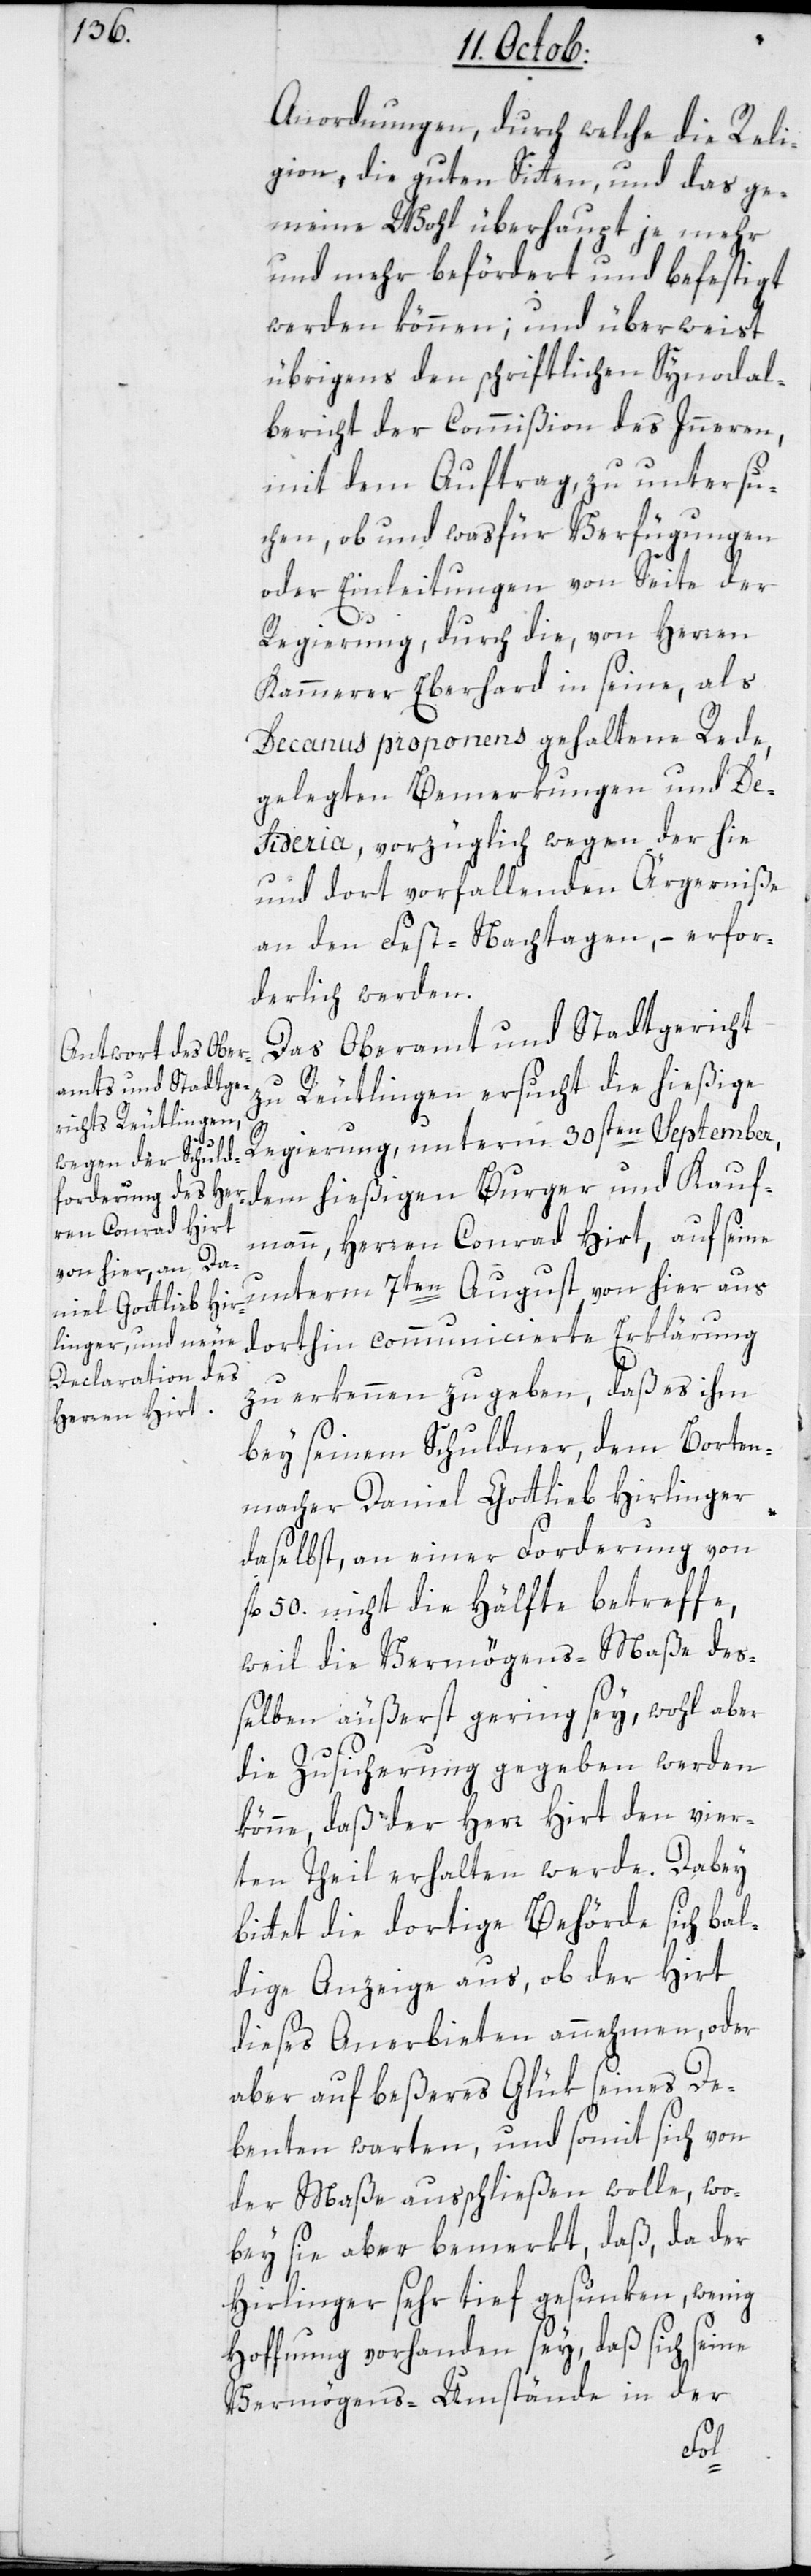
Anordnungen, durch welche die Reli¬
gion, die guten Sitten und das ge¬
meine Wohl überhaupt je mehr
und mehr befördert und befestigt
werden können; und überweist
übrigens den schriftlichen Synodal¬
bericht der Commißion des Innern,
mit dem Auftrag, zu untersu¬
chen, ob und wasfür Verfügungen
oder Einleitungen von Seite der
Regierung, durch die, von Herren
Kammerer Eberhard in seine, als
Decanus proponens gehaltene Rede,
gelegten Bemerkungen und Desi¬
deria, vorzüglich wegen der hie
und dort verfallenden Ärgerniße
an den Fest-Nachtagen, – erfor¬
derlich werden.
Das Oberamt und Stadtgericht
zu Reutlingen ersucht die hießige
Regierung, unterm 30sten September,
dem hießigen Burger und Kauf¬
mann, Herren Conrad Hirt, auf seine
unterm 7ten August von hier aus
dorthin communicierte Erklärung
zu erkennen zu geben, daß es ihn
bey seinem Schuldner, dem Borten¬
macher Daniel Gottlieb Hirlinger
daselbst, an einer Forderung von
fl. 50. nicht die Hälfte betreffe,
weil die Vermögens-Maße deß¬
elben äußerst gering sey, wohl aber
die Zusicherung gegeben werden
könne, daß der Herr Hirt den vier¬
ten Theil erhalten werde. Dabei
bittet die dortige Behörde sich bal¬
dige Anzeige aus, ob der Hirt
dieses Anerbieten annehmen, oder
aber auf beßeres Glük seines De¬
benten warten, und somit sich von
der Maße ausschließen wolle, wo¬
bey sie aber bemerkt, daß, da der
Hirlinger sehr tief gesunken, wenig
Hoffnung vorhanden sey, daß sich seine
Vermögens-Umstände in der